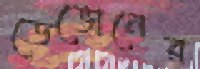
ডেভোনের